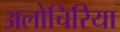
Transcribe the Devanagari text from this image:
अलोचिरिया